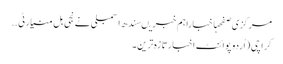
مرکزی صفحہاخباراہم خبریںسندھ اسمبلی نے نجی بل منیارٹی ..
کراچی (اُردو پوائنٹ اخبارتازہ ترین۔